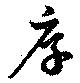
厚